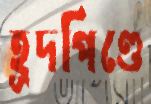
হূদপিণ্ডে